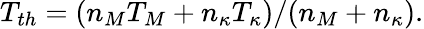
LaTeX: T_{th}=(n_{M}T_{M}+n_{\kappa}T_{\kappa})/(n_{M}+n_{\kappa}).